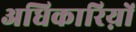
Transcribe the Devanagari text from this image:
अधिकारिय़ों